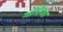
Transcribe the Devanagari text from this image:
गन्तिजा